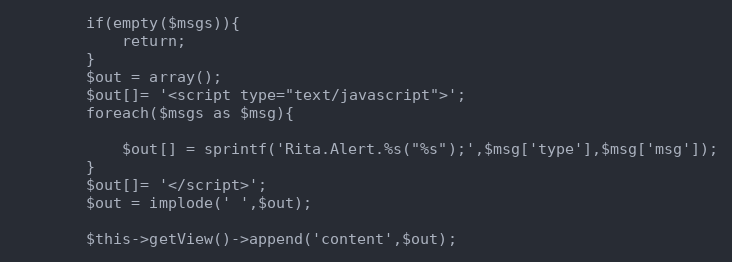
Language: PHP
		if(empty($msgs)){
			return;
		}
		$out = array();
		$out[]= '<script type="text/javascript">';
		foreach($msgs as $msg){

			$out[] = sprintf('Rita.Alert.%s("%s");',$msg['type'],$msg['msg']);
		}
		$out[]= '</script>';
		$out = implode(' ',$out);

		$this->getView()->append('content',$out);